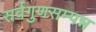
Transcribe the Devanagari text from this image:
सर्वगुणसम्पन्न